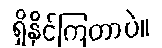
ရှိနိုင်ကြတာပဲ။